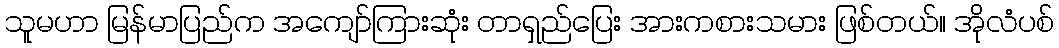
သူမဟာ မြန်မာပြည်က အကျော်ကြားဆုံး တာရှည်ပြေး အားကစားသမား ဖြစ်တယ်။ အိုလံပစ်